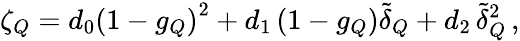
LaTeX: \zeta_{Q}=d_{0}\left(1-g_{Q}\right)^{2}+d_{1}\left(1-g_{Q}\right)\tilde{\delta}_{Q}+d_{2}\, \tilde{\delta}_{Q}^{2}\, ,